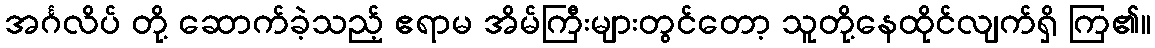
အင်္ဂလိပ် တို့ ဆောက်ခဲ့သည့် ဧရာမ အိမ်ကြီးများတွင်တော့ သူတို့နေထိုင်လျက်ရှိ ကြ၏။